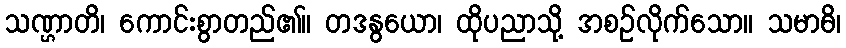
သဏ္ဌာတိ၊ ကောင်းစွာတည်၏။ တဒနွယော၊ ထိုပညာသို့ အစဉ်လိုက်သော။ သမာဓိ၊